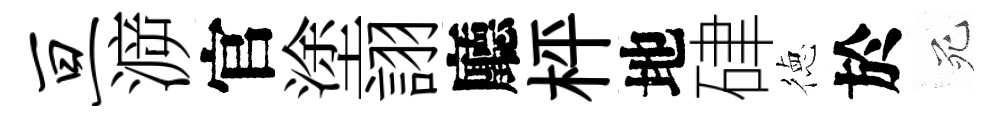
亘㴑官塗詡廳枰地硉徳於死